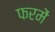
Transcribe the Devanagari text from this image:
फरमें